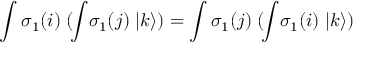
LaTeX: \int \sigma _ { 1 } ( i ) \; ( \! \int \! \sigma _ { 1 } ( j ) \; | k \rangle ) = \int \sigma _ { 1 } ( j ) \; ( \! \int \! \sigma _ { 1 } ( i ) \; | k \rangle )